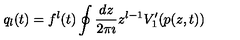
q _ { l } ( t ) = f ^ { l } ( t ) \oint \frac { d z } { 2 \pi \imath } z ^ { l - 1 } V _ { 1 } ^ { \prime } ( p ( z , t ) )